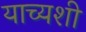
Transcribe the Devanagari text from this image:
याच्यशी